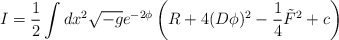
\begin{align*}I = \frac{1}{2} \int dx^2 \sqrt{-g} e^{-2 \phi} \left( R + 4 (D \phi )^2 - \frac{1}{4} \tilde{F}^2 + c \right) \end{align*}